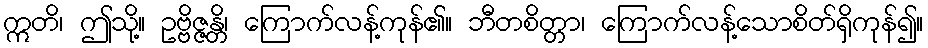
ဣတိ၊ ဤသို့။ ဥဗ္ဗိဇ္ဇန္တိ၊ ကြောက်လန့်ကုန်၏။ ဘီတစိတ္တာ၊ ကြောက်လန့်သောစိတ်ရှိကုန်၍။